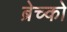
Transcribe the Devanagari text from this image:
ब्रेच्को